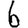
Digit: 6